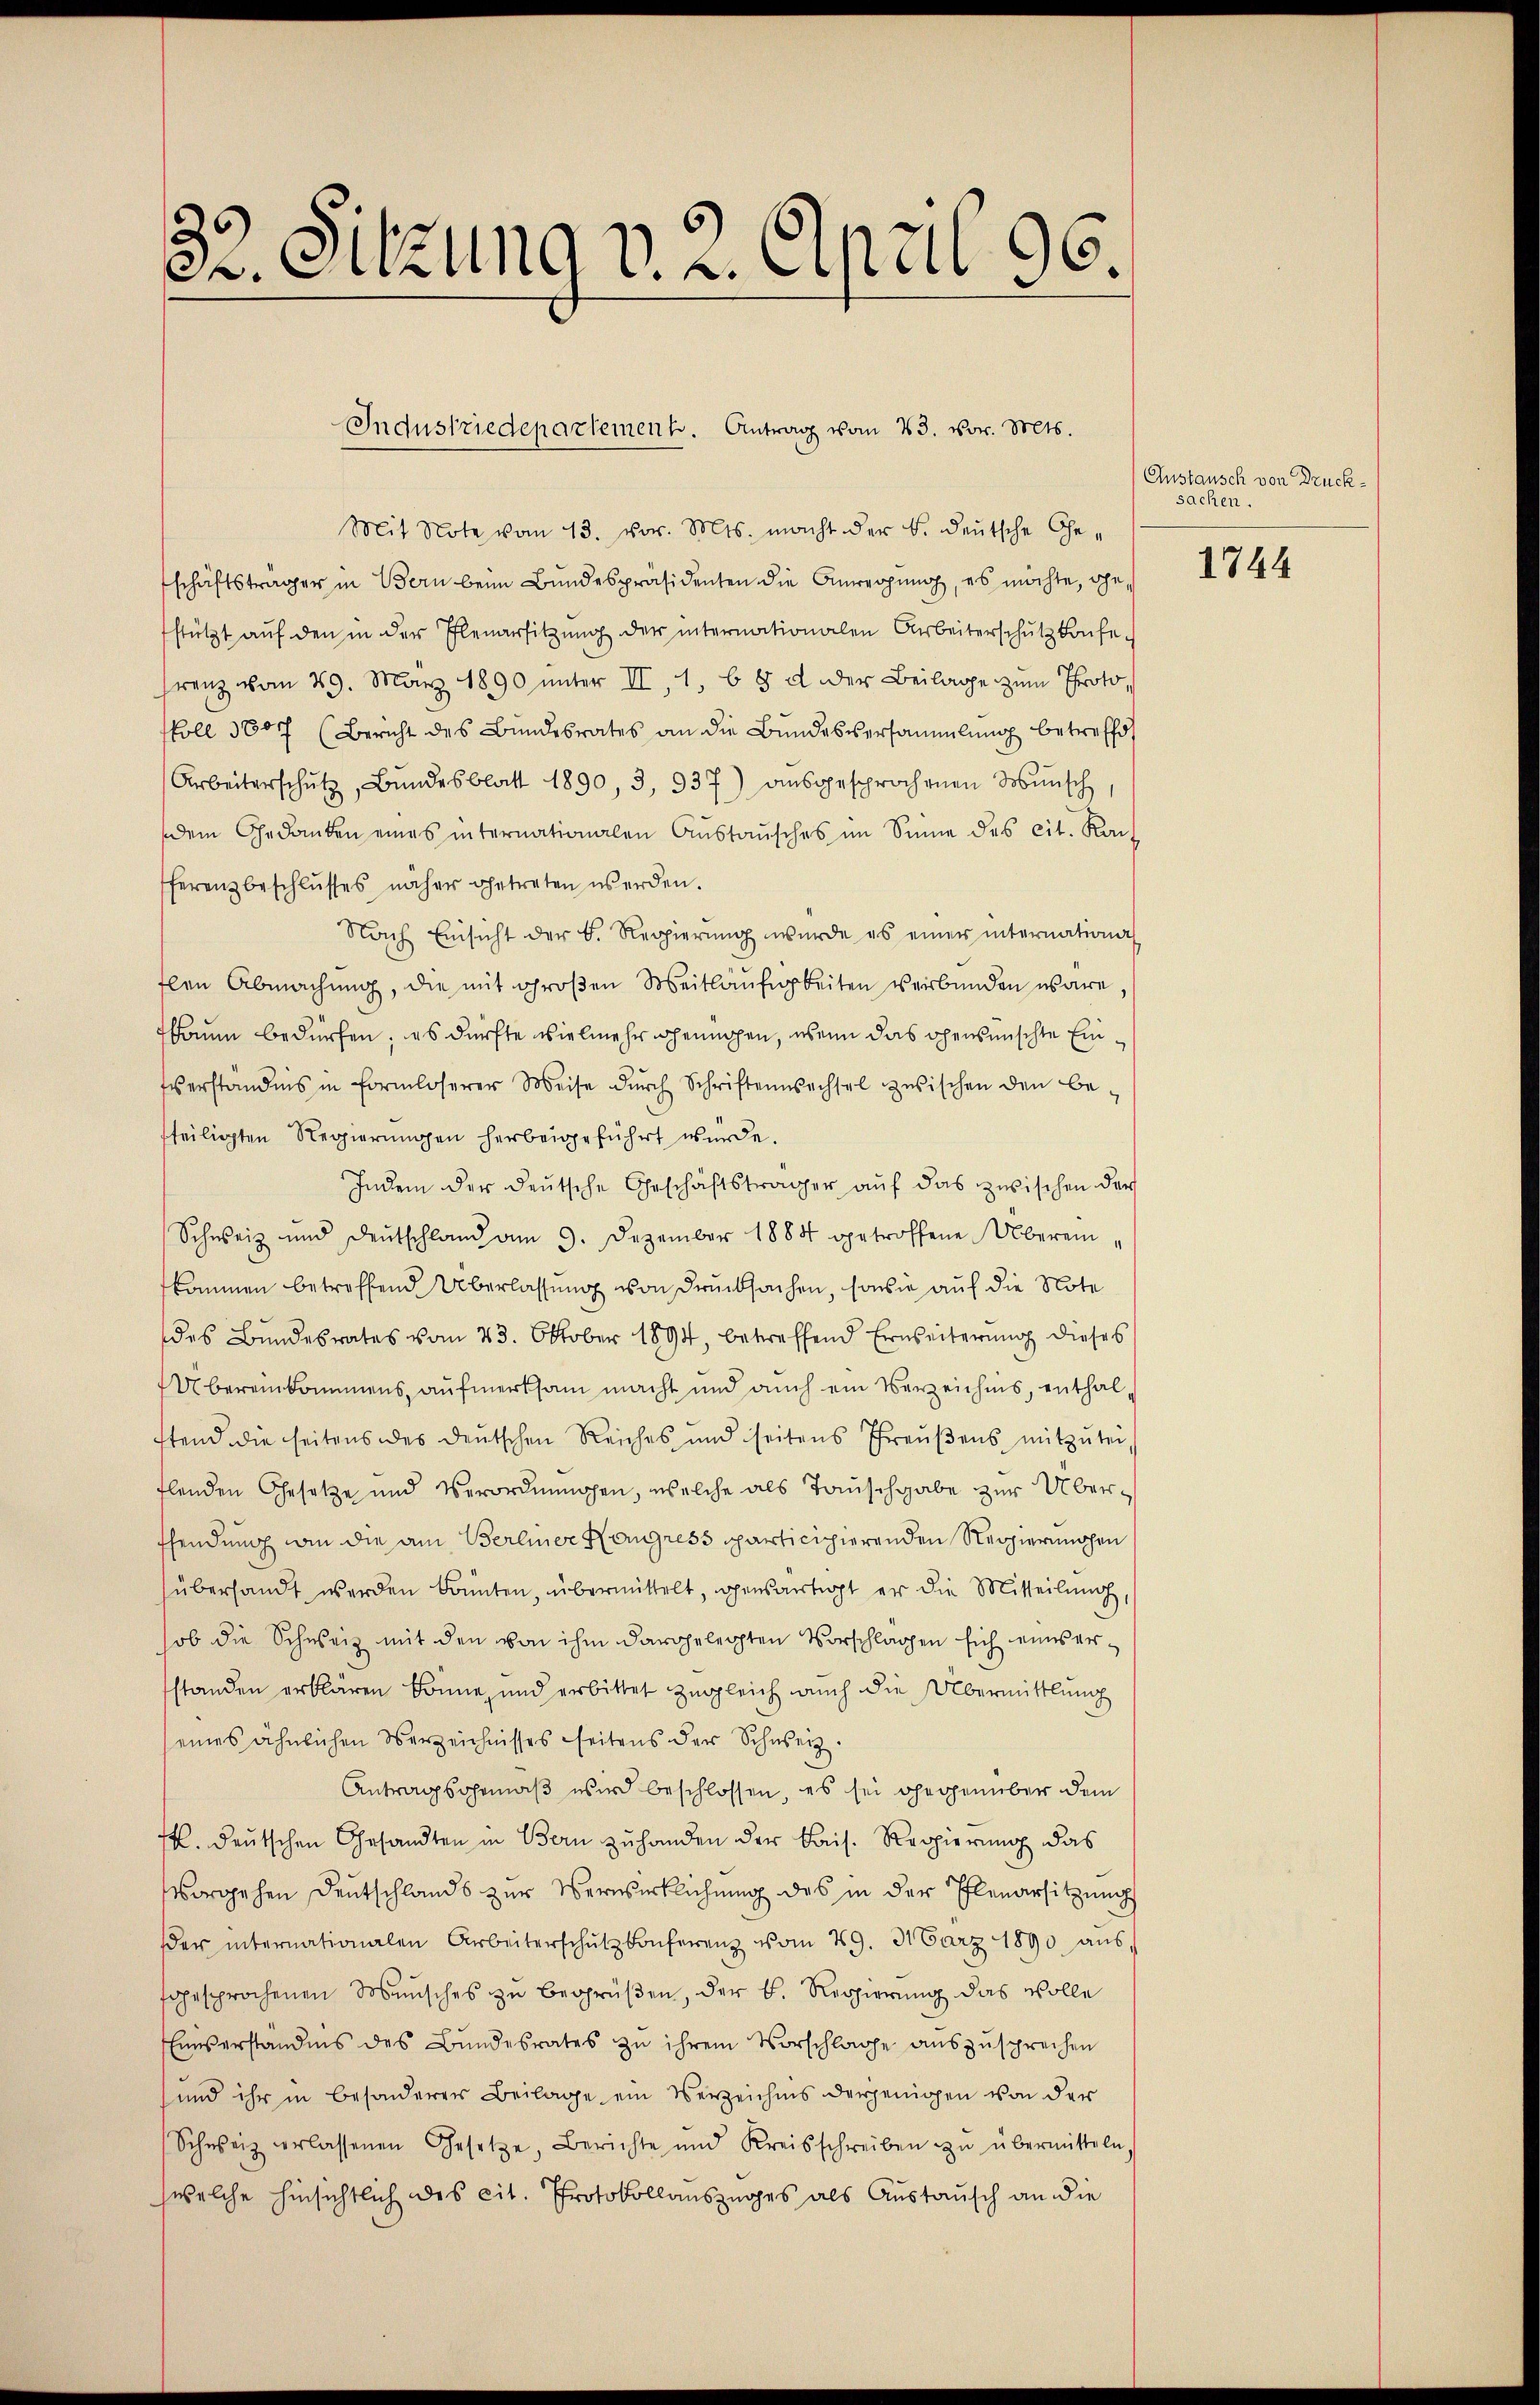
32. Sitzung v. 2. April 96.

Industriedepartement. Antrag vom 23. vor. Mts.

Mit Note vom 13. vor. Mts. macht der B. deŭtsche Ge-
schäftsträger in Bern beim Bundespräsidenten die Anregung, es möchte, ohn
stützt aŭf den in der Elenarsitzŭng der internationalen Arbeiterschutz konfe-
renz vom 29. März 1890 unter II, 1, b 8 u. der Beilage zum Proto
skoll 1807 (Bericht des Bundesrates an die Bundesversammlung betreffe,
Arbeiterschŭtz, Bŭndesblatt 1890 3, 937) aŭsgesprochenen Wŭnsch,
dem Gedanken eines internationalen Aŭstaŭsches im Sinne des cit. Kan-
ferenzbeschlŭsses näher getreten es erden.
Nach Einsicht der B. Regierŭng wurde es einer international
flen Abmachung, die mit großen Meitläufigkeiten verbunden wäre,
kaum bedürfen; es dürfte vielmehr hennigen, wenn das ohensmischte Ein¬
Everständnis in Formloserer Weise dŭrch Schriftenwechsel zwischen den be-
fteiligten Regierungen herbeigeführt wurde.
Indem der deutsche Geschäftsträger auf das zwischen der
Schweiz und Deutschland am 9. Dezember 1884 getroffene Überein
fkommen betreffend Überlassung von Drucksachen, sowie auf die Note
des Bundesrates vom 23. Oktober 1894, betreffend Erweiterung dieses
Übereinkammens, aufmerksam macht und auch ein Verzeichnis, enthalstend die seitens des deutschen Reiches und seitens Preŭβens mitzŭtei
tlenden Gesetze und Verordnungen, welche als Tauschgabe zur Überffendung in die am Berliner Kongress sparticipierenden Regierungen
überhandt werden könnten, übermittelt, gensartigt er die Mitteilung
ob die Schweiz mit den von ihm dargelegten Vorschlägen sich eines ersstanden erklären könne, und erbittet zugleich auch die Übermittlung
eines ähnlichen Verzeichnisses seitens der Schweiz.
Antragsgemäß wird beschlossen, es sei gegenüber dem
M. deutschen Gesandten in Bern zuhanden der Kais. Regierung das
vorgehen Deutschlands zur Verwirklichung des in der Elenarsitzung
der internationalen Arbeiterschŭlzkonferenz vom 29. März 1890 aŭs
tgesprochenen Wünsches zŭ begrüßen, der k. Regierung das wolle
Einverständnis des Bundesrates zu ihrem Vorschlage auszusprechen
und ihr in besonderer Beilage ein Verzeichnis derjenigen von der
Schweiz verlassenen Gesetze, Berichte und Kreisschreiben zŭ übermitteln,
welche hinsichtlich des cit. Protokollauszuges als Austausch an die

Anstausch von Druck-
sachen.

1744